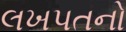
લખપતનો